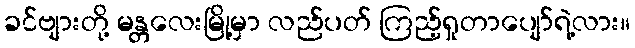
ခင်ဗျားတို့ မန္တလေးမြို့မှာ လည်ပတ် ကြည့်ရှုတာပျော်ရဲ့လား။